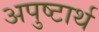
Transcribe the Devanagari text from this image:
अपुष्टार्थ